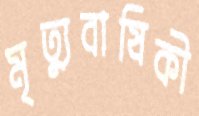
মৃত্যুবাষিকী